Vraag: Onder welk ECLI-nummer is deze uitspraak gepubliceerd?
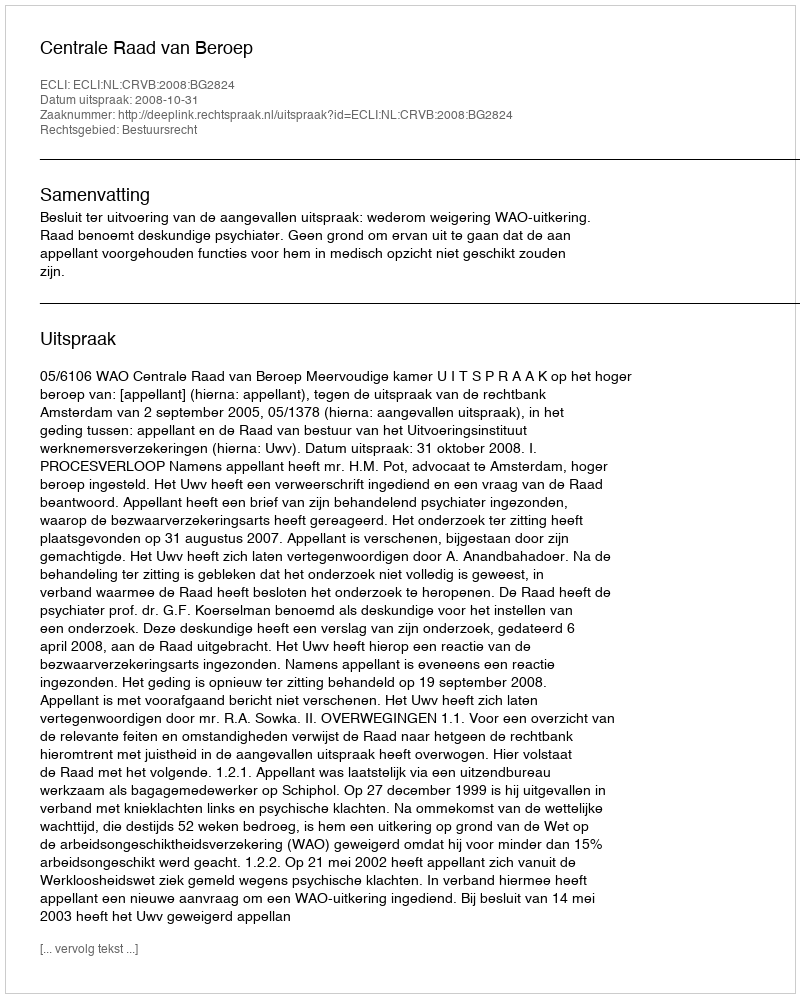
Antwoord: ECLI:NL:CRVB:2008:BG2824